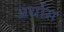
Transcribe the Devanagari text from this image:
अर्थास